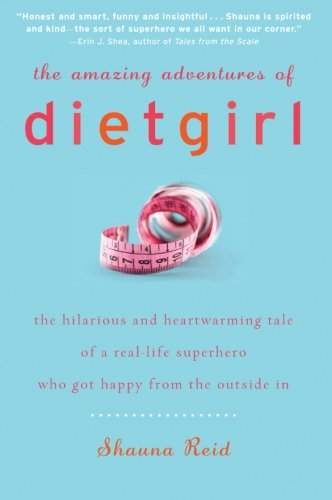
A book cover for The Amazing Adventures of Dietgirl; Shauna Reid; Biographies & Memoirs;